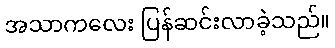
အသာကလေး ပြန်ဆင်းလာခဲ့သည်။